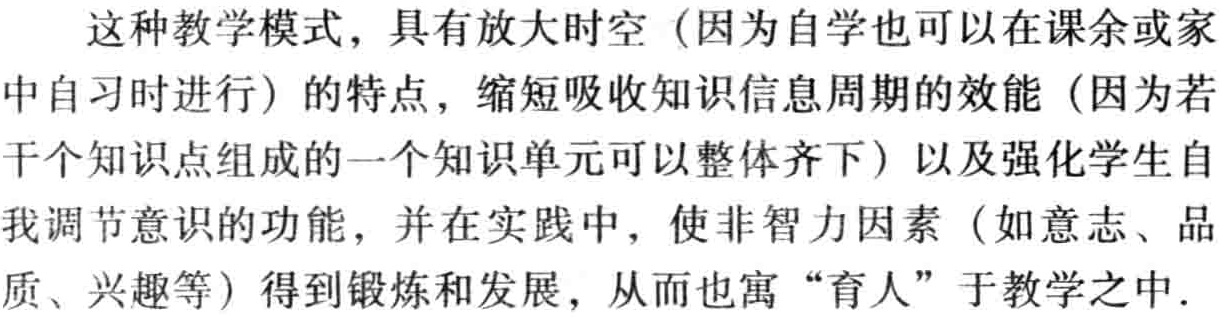
这种教学模式，具有放大时空（因为自学也可以在课余或家中自习时进行）的特点，缩短吸收知识信息周期的效能（因为若干个知识点组成的一个知识单元可以整体齐下）以及强化学生自我调节意识的功能，并在实践中，使非智力因素（如意志、品质、兴趣等）得到锻炼和发展，从而也寓“育人”于教学之中.